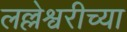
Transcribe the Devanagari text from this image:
लल्लेश्वरीच्या